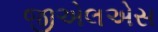
જીએલએસ